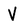
Character: V